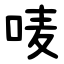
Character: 唛